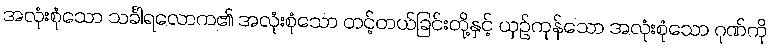
အလုံးစုံသော သင်္ခါရလောက၏ အလုံးစုံသော တင့်တယ်ခြင်းတို့နှင့် ယှဉ်ကုန်သော အလုံးစုံသော ဂုဏ်ကို